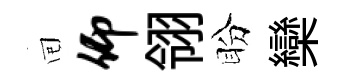
囘仰翎盼欒